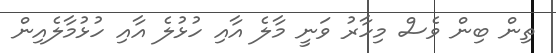
ތިން ބިން ވެސް މިހާރު ވަނީ މާލެ އާއި ހުޅުލެ އާއި ހުޅުމާލެއިން